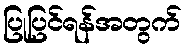
ပြုပြင်ရန်အတွက်